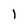
Character: 1